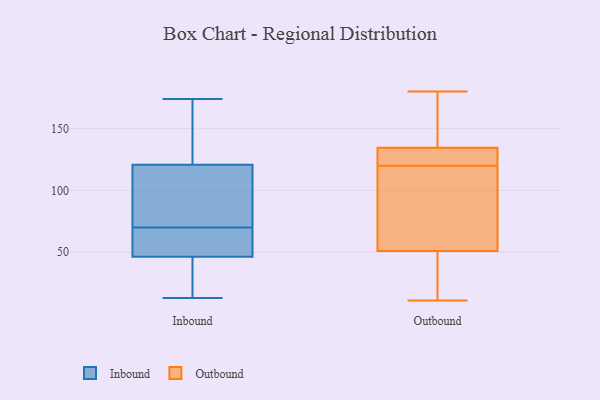
{"axis": {"x": "Temperature (°C)", "y": "Value"}, "legend": ["Inbound", "Outbound"], "data": [{"x": "", "y": 72, "type": "Inbound"}, {"x": "", "y": 58, "type": "Inbound"}, {"x": "", "y": 21, "type": "Inbound"}, {"x": "", "y": 18, "type": "Inbound"}, {"x": "", "y": 120, "type": "Inbound"}, {"x": "", "y": 168, "type": "Inbound"}, {"x": "", "y": 63, "type": "Inbound"}, {"x": "", "y": 13, "type": "Inbound"}, {"x": "", "y": 125, "type": "Inbound"}, {"x": "", "y": 123, "type": "Inbound"}, {"x": "", "y": 70, "type": "Inbound"}, {"x": "", "y": 120, "type": "Inbound"}, {"x": "", "y": 64, "type": "Inbound"}, {"x": "", "y": 53, "type": "Inbound"}, {"x": "", "y": 174, "type": "Inbound"}, {"x": "", "y": 81, "type": "Inbound"}, {"x": "", "y": 26, "type": "Inbound"}, {"x": "", "y": 126, "type": "Outbound"}, {"x": "", "y": 172, "type": "Outbound"}, {"x": "", "y": 125, "type": "Outbound"}, {"x": "", "y": 59, "type": "Outbound"}, {"x": "", "y": 45, "type": "Outbound"}, {"x": "", "y": 36, "type": "Outbound"}, {"x": "", "y": 115, "type": "Outbound"}, {"x": "", "y": 68, "type": "Outbound"}, {"x": "", "y": 162, "type": "Outbound"}, {"x": "", "y": 138, "type": "Outbound"}, {"x": "", "y": 38, "type": "Outbound"}, {"x": "", "y": 92, "type": "Outbound"}, {"x": "", "y": 23, "type": "Outbound"}, {"x": "", "y": 128, "type": "Outbound"}, {"x": "", "y": 131, "type": "Outbound"}, {"x": "", "y": 57, "type": "Outbound"}, {"x": "", "y": 177, "type": "Outbound"}, {"x": "", "y": 180, "type": "Outbound"}, {"x": "", "y": 11, "type": "Outbound"}, {"x": "", "y": 128, "type": "Outbound"}]}